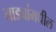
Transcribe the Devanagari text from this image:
गाड्यांमधील